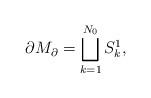
LaTeX: \begin{align*}\partial M_{\partial }=\bigsqcup_{k=1}^{N_{0}}S_{k}^{1},\end{align*}